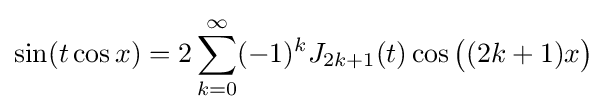
\sin(t\cos x)=2\sum _{k=0}^{\infty }(-1)^{k}J_{2k+1}(t)\cos {\big (}(2k+1)x{\big )}